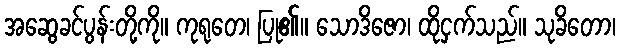
အဆွေခင်ပွန်းတို့ကို။ ကုရုတေ၊ ပြု၏။ သောဒိဇော၊ ထိုငှက်သည်။ သုခိတော၊